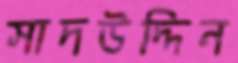
সাদউদ্দিন